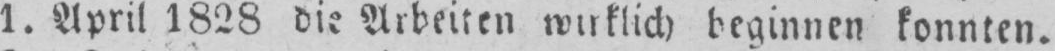
1. April 1828 die Arbeiten wirklich beginnen konnten.